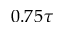
0 . 7 5 \tau